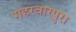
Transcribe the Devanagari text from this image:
गहरवारपुरा